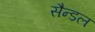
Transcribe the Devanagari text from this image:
सैन्डल